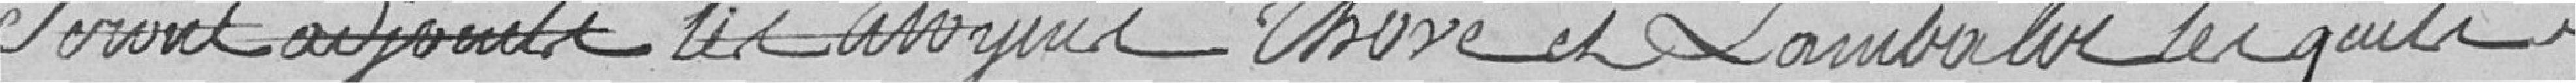
seront adjoints les citoyens Thuvé et Lambalve lesquels